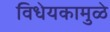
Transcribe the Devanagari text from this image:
विधेयकामुळे